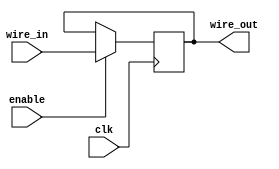
module compensated_bidirectional_buffer(
    input clk,
    input enable,
    input wire_in,
    output wire_out
);

reg buffer;

always @(posedge clk) begin
    if(enable) begin
        buffer <= wire_in;
    end
end

assign wire_out = buffer;

endmodule